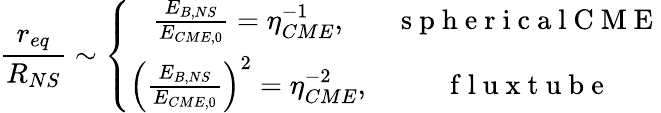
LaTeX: \frac{r_{eq}}{R_{NS}}\sim\left\{ \begin{array}{cc}{\frac{E_{B,NS}}{E_{CME,0}}=\eta_{CME}^{-1},}&{\mathrm{~s~p~h~e~r~i~c~a~l~C~M~E~}}\\ {\left(\frac{E_{B,NS}}{E_{CME,0}}\right)^{2}=\eta_{CME}^{-2},}&{\mathrm{~f~l~u~x~t~u~b~e~}}\end{array}\right.